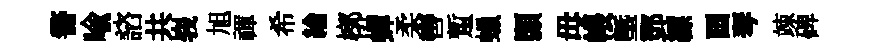
警喩諮共峩旭禈希綸槨蟬柔轡蹔蠟顥毋帳塈鄧縹画琴竦碑